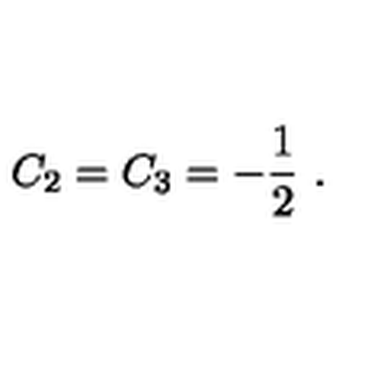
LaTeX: C _ { 2 } = C _ { 3 } = - \frac { 1 } { 2 } \ .